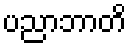
ပညာဘာတိ